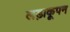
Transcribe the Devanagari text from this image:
लड़ाकूपन